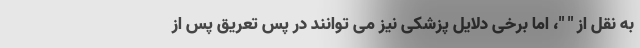
به نقل از " "، اما برخی دلایل پزشکی نیز می توانند در پس تعریق پس از